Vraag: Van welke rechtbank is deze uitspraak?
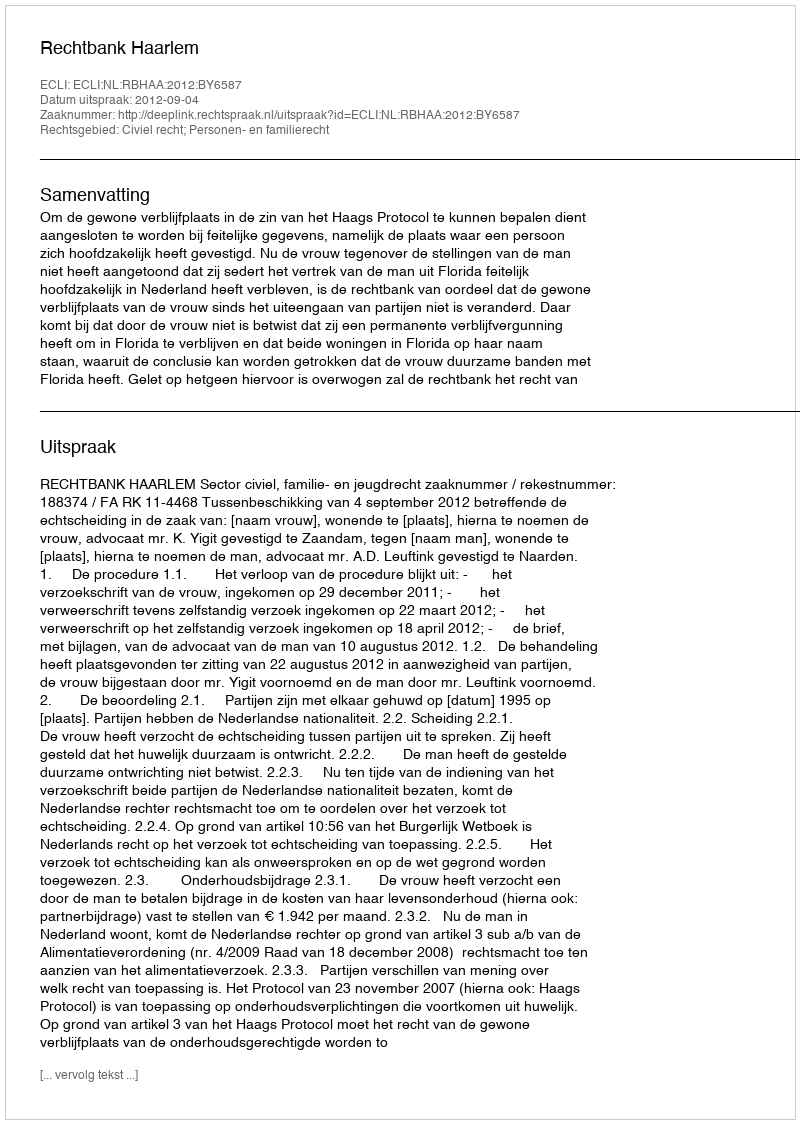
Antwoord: Rechtbank Haarlem